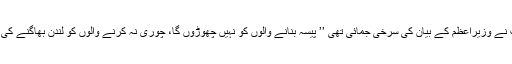
دس مارچ کے اخبارات نے وزیراعظم کے بیان کی سرخی جمائی تھی ’’ پیسہ بنانے والوں کو نہیں چھوڑوں گا، چوری نہ کرنے والوں کو لندن بھاگنے کی ضرورت نہیں ہوتی‘‘ ۔